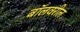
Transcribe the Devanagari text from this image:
बॉलवरील